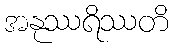
အနုဿရိဿတိ